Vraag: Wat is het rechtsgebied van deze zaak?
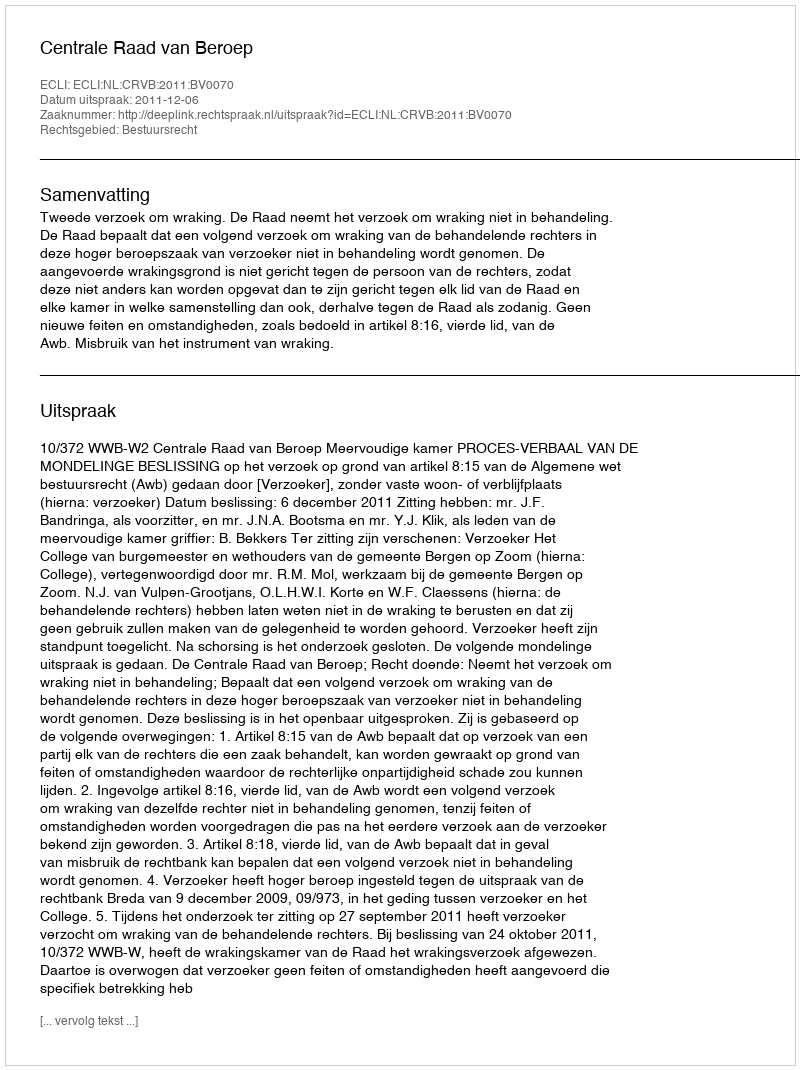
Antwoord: Bestuursrecht